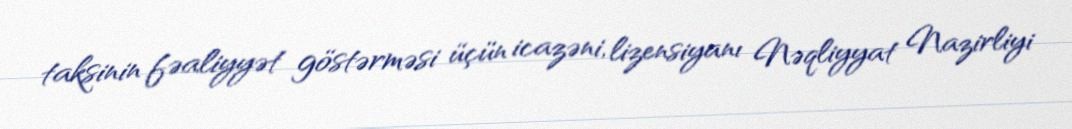
taksinin fəaliyyət göstərməsi üçün icazəni, lizensiyanı Nəqliyyat Nazirliyi